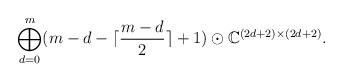
LaTeX: \begin{align*}\bigoplus^{m}_{d=0}(m-d-\lceil\frac{m-d}{2}\rceil+1)\odot\mathbb{C}^{(2d+2)\times (2d+2)}.\end{align*}